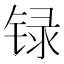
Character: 𲈊